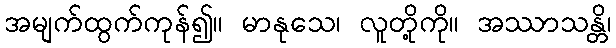
အမျက်ထွက်ကုန်၍။ မာနုသေ၊ လူတို့ကို။ အဿာသန္တိ၊